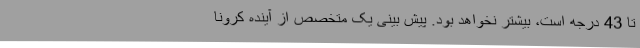
تا 43 درجه است، بیشتر نخواهد بود. پیش بینی یک متخصص از آینده کرونا